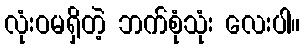
လုံးဝမရှိတဲ့ ဘက်စုံသုံး လေးပါ။